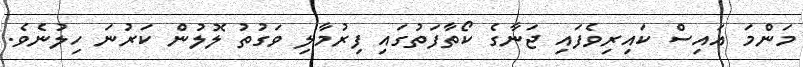
މަންމަ އައިސް ކައިރިވެފައި ޖަނާގެ ކޯތާފަތުގައި ފިރުމާލި ވަގުތު ލޮލުން ކަރުނަ ހިލުނެވެ.